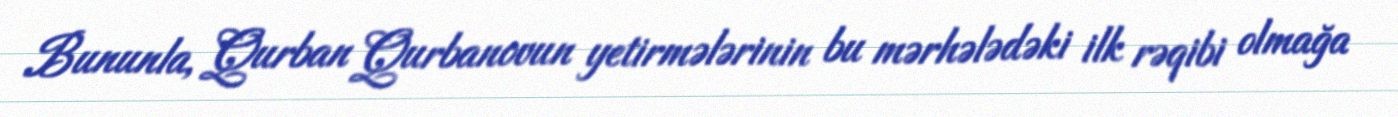
Bununla, Qurban Qurbanovun yetirmələrinin bu mərhələdəki ilk rəqibi olmağa